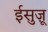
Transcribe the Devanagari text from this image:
ईसुज़ू